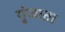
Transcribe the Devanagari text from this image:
गुंजाता